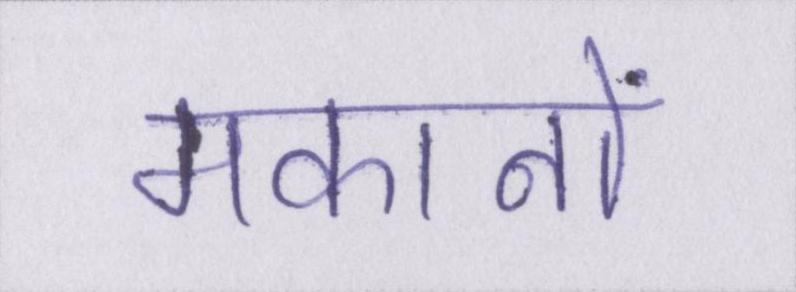
मकानों